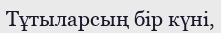
Тұтыларсың бір күні,